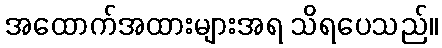
အထောက်အထားများအရ သိရပေသည်။